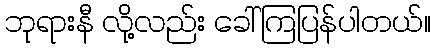
ဘုရားနီ လို့လည်း ခေါ်ကြပြန်ပါတယ်။